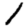
Digit: 1